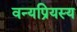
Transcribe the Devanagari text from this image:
वन्यप्रियस्य